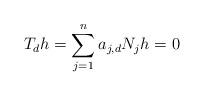
LaTeX: \begin{align*}T_d h = \sum_{j=1}^n a_{j,d} N_j h = 0\end{align*}